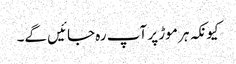
کیونکہ ہر موڑ پر آپ رہ جائیں گے۔